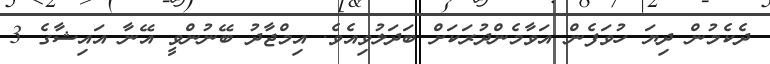
ދެކެމުން ދިޔަ ހުވަފެން އަވާމެންދުރަކަށް ބަދަލުވިއެވެ. އިމްޖާދު ބޭނުންވީ އޭނާ އައިޝާގެ 3